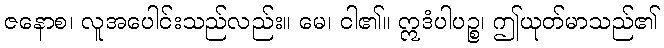
ဇနောစ၊ လူအပေါင်းသည်လည်း။ မေ၊ ငါ၏။ ဣဒံပါပဉ္စ၊ ဤယုတ်မာသည်၏